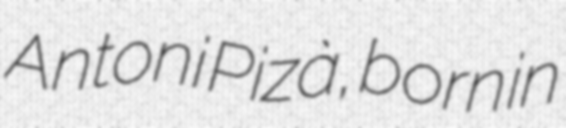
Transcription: Antoni Pizà, born in